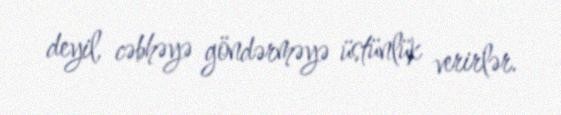
deyil, cəbhəyə göndərməyə üstünlük verirlər.